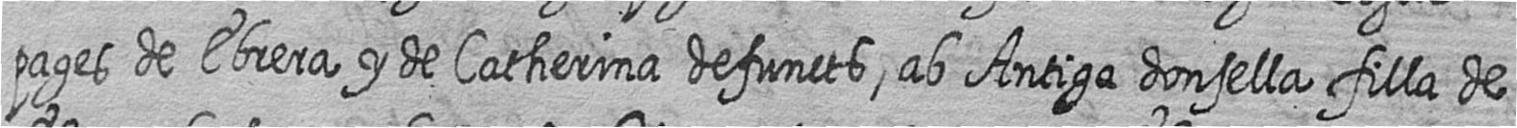
pages de Ebrera y de Catherina defuncts ab Antiga donsella filla de